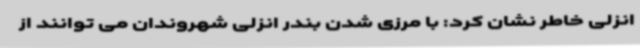
انزلی خاطر نشان کرد: با مرزی شدن بندر انزلی شهروندان می توانند از